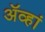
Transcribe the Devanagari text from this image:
ॲव्हां